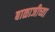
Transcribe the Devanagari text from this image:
बाळाजीच्या